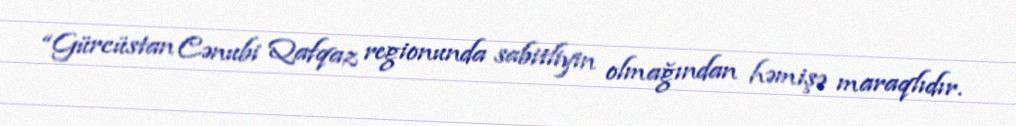
“Gürcüstan Cənubi Qafqaz regionunda sabitliyin olmağından həmişə maraqlıdır.